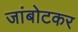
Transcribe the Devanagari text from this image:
जांबोटकर